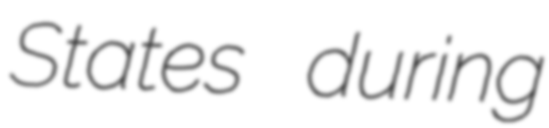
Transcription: States during